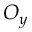
O _ { y }